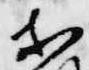
等